Vaccination in the Punjab 1897-1904 - 1897-1904
Year: 1897
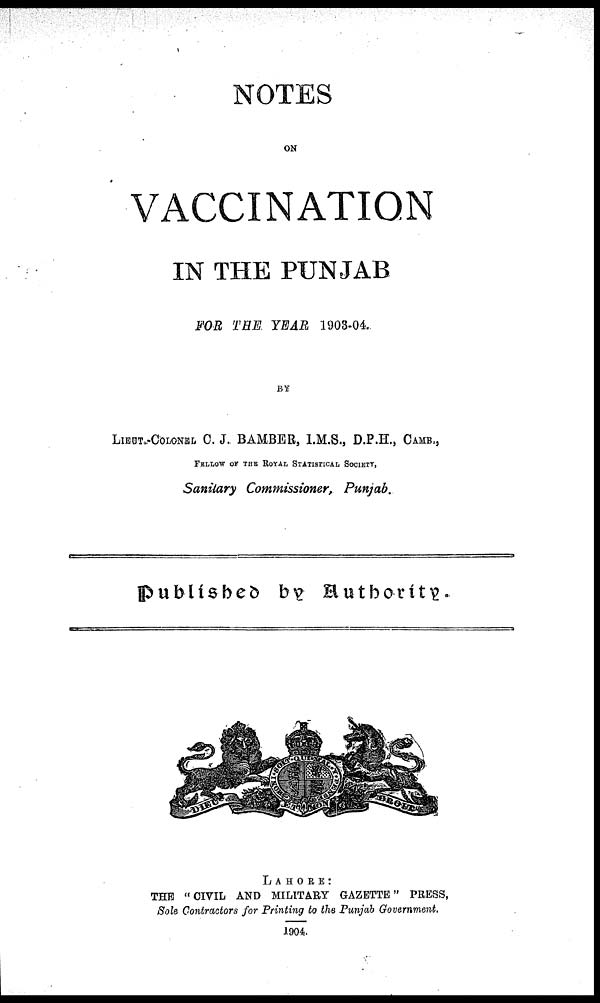
NOTES
ON
VACCINATION
IN THE PUNJAB
FOR THE YEAR 1903-04.
BY
LIEUT.-COLONEL C. J. BAMBER, I.M.S., D.P.H., CAMB.,
FELLOW OF THE ROYAL STATISTICAL SOCIETY,
Sanitary Commissioner, Punjab.
Published by Authority.
LAHORE:
THE " CIVIL AND MILITARY GAZETTE " PRESS,
Sole Contractors for Printing to the Punjab Government.
1904.